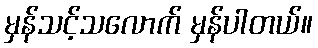
မှန်သင့်သလောက် မှန်ပါတယ်။